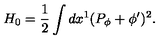
H _ { 0 } = { \frac { 1 } { 2 } } \int d x ^ { 1 } ( P _ { \phi } + \phi ^ { \prime } ) ^ { 2 } .